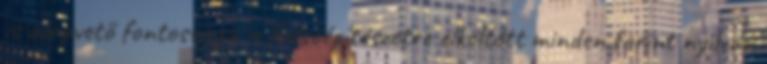
is alapvető fontosságú, a belsőépítészetre elköltött minden forint nyilván